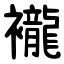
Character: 襱